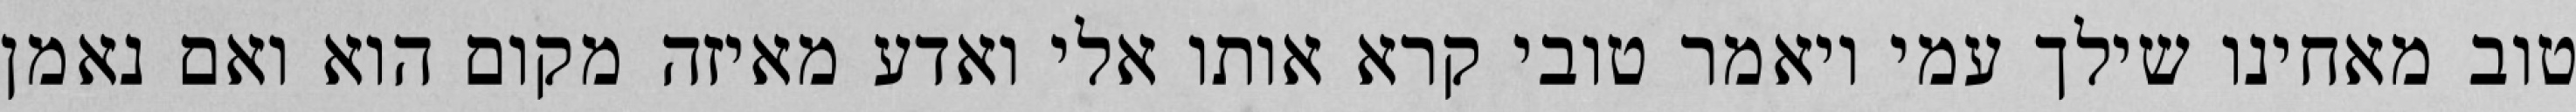
טוב מאחינו שילך עמי ויאמר טובי קרא אותו אלי ואדע מאיזה מקום הוא ואם נאמן